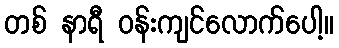
တစ် နာရီ ဝန်းကျင်လောက်ပေါ့။